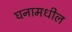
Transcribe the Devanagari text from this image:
घनामधील